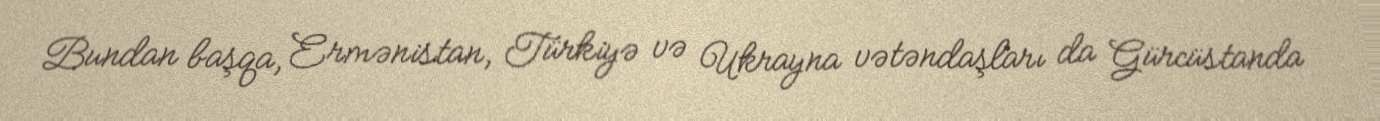
Bundan başqa, Ermənistan, Türkiyə və Ukrayna vətəndaşları da Gürcüstanda